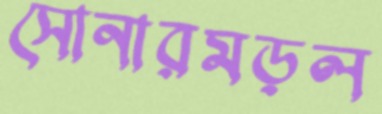
সোনারমড়ল